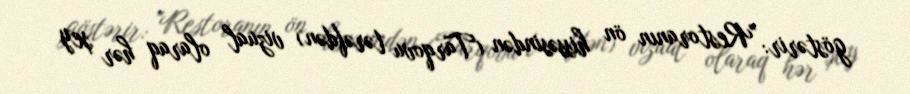
göstərir: "Restoranın ön hissəsindən (Tarqovu tərəfdən) vizual olaraq hər şey